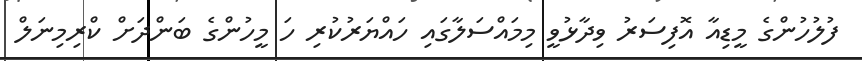
ފުލުހުންގެ މީޑިއާ އޮފިސަރު ވިދާޅުވީ މިމައްސަލާގައި ހައްޔަރުކުރި ހަ މީހުންގެ ބަންދަށް ކްރިމިނަލް